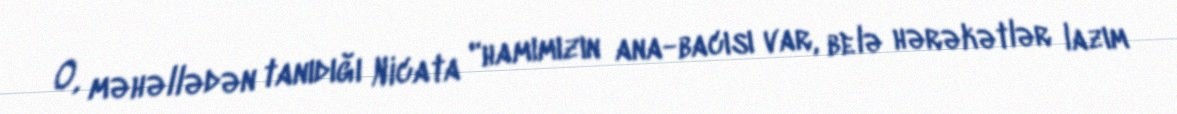
O, məhəllədən tanıdığı Nicata "hamımızın ana-bacısı var, belə hərəkətlər lazım